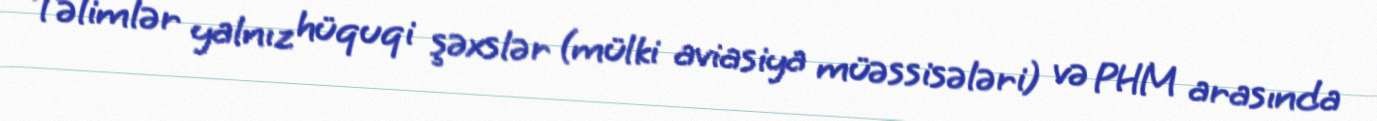
Təlimlər yalnız hüquqi şəxslər (mülki aviasiya müəssisələri) və PHM arasında